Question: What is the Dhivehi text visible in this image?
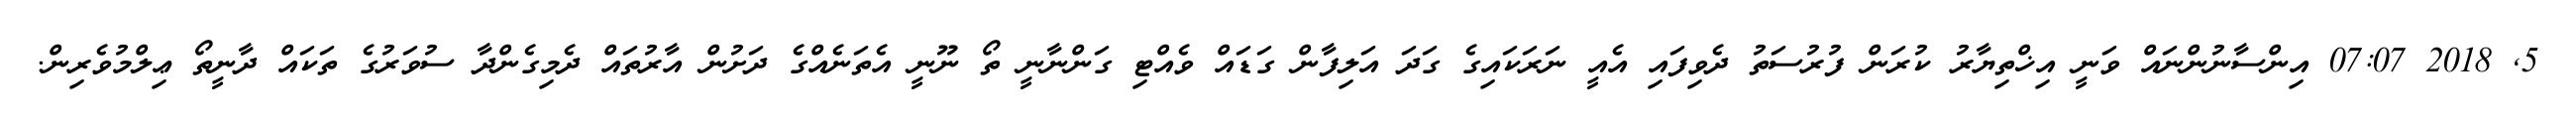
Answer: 5, 2018 07:07 އިންސާނުންނައް ވަނީ އިޚްތިޔާރު ކުރަން ފުރުސަތު ދެވިފައި އެއީ ނަރަކައިގެ ގަދަ އަލިފާން ގަޑައް ވެއްޓި ގަންނާނީ ތޯ ނޫނީ އެތަނެއްގެ ދަށުން އާރުތައް ދެމިގެންދާ ސުވަރުގެ ތަކައް ދާނީތޯ ޢިލްމުވެރިން.